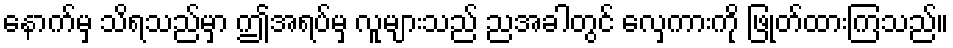
နောက်မှ သိရသည်မှာ ဤအရပ်မှ လူများသည် ညအခါတွင် လှေကားကို ဖြုတ်ထားကြသည်။